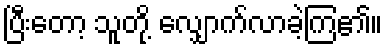
ပြီးတော့ သူတို့ လျှောက်လာခဲ့ကြ၏။